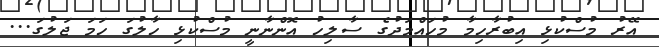
އޭރު މުސްކުޅި އިބުރާހިމާ މުހައްމަދުގެ ސާލިހު އޮންނާނީ މުސްކުޅި ހާލުގަ ހަމަ ޖަލުގަ...